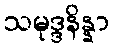
သမုဒ္ဒနိန္နာ